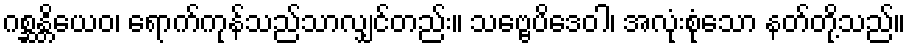
ဂစ္ဆန္တိယေဝ၊ ရောက်ကုန်သည်သာလျှင်တည်း။ သဗ္ဗေပိဒေဝါ၊ အလုံးစုံသော နတ်တို့သည်။